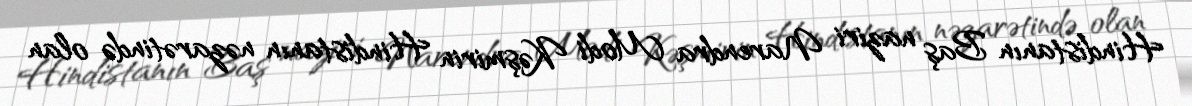
Hindistanın Baş naziri Narendra Modi Kəşmirin Hindistanın nəzarətində olan